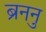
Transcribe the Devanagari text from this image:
ब्रुनन